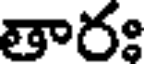
తారః